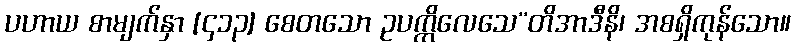
ပဟာယ စာမျက်နှာ [၄၁၃] စေတသော ဥပက္ကိလေသေ’’တိအာဒီနိ၊ အစရှိကုန်သော။